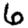
Digit: 6